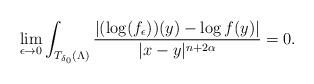
LaTeX: \begin{align*}\lim\limits_{\epsilon\to0}\int_{T_{\delta_0}(\Lambda)}\frac{|(\log (f_{\epsilon}))(y)-\log f(y)|}{|x-y|^{n+2\alpha}}=0.\end{align*}